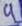
Text: 4